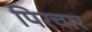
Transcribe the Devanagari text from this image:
पिरचार